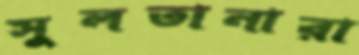
সুলতানারা